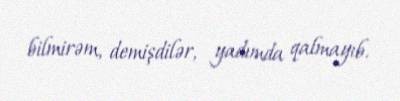
bilmirəm, demişdilər, yadımda qalmayıb.